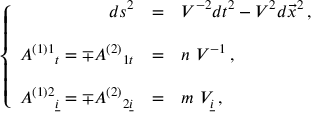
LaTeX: \left\{ \begin{array} { r c l } { { d s ^ { 2 } } } & { { = } } & { { V ^ { - 2 } d t ^ { 2 } - V ^ { 2 } d \vec { x } ^ { 2 } \, , } } \\ { { } } & { { } } & { { } } \\ { { A ^ { ( 1 ) 1 } { } _ { t } = \mp A ^ { ( 2 ) } { } _ { 1 t } } } & { { = } } & { { n \ V ^ { - 1 } \, , } } \\ { { } } & { { } } & { { } } \\ { { A ^ { ( 1 ) 2 } { } _ { \underline { { { i } } } } = \mp A ^ { ( 2 ) } { } _ { 2 \underline { { { i } } } } } } & { { = } } & { { m \ V _ { \underline { { { i } } } } \, , } } \end{array} \right.